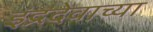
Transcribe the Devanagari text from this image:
इंद्रदेवाच्या